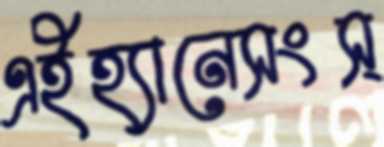
এইহ্যানেসংস্